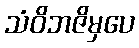
သံဝိဘဇိမှပေ